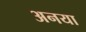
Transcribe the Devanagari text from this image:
अनया